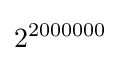
2^{2000000}